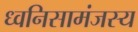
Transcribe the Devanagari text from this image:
ध्वनिसामंजस्य